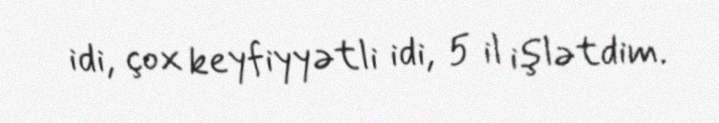
idi, çox keyfiyyətli idi, 5 il işlətdim.